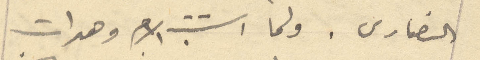
النصارى. ولما استتب الامر وهدات